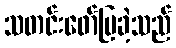
သတင်းဖော်ပြခဲ့သည်